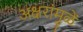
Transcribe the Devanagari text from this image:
अक्षरांमुळें